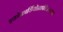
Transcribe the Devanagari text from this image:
इकोकार्डियोग्राफीअस्थमा